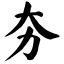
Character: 夯